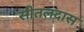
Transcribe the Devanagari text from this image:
सीतलदास